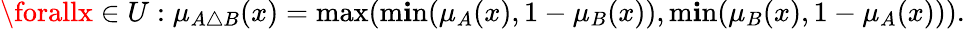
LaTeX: \forallx\in{U}:\mu_{A\triangle{B}}(x)=\operatorname*{max}(\operatorname*{m\mathbf{i}n}(\mu_{A}(x),1-\mu_{B}(x)),\operatorname*{m\mathbf{i}n}(\mu_{B}(x),1-\mu_{A}(x))).